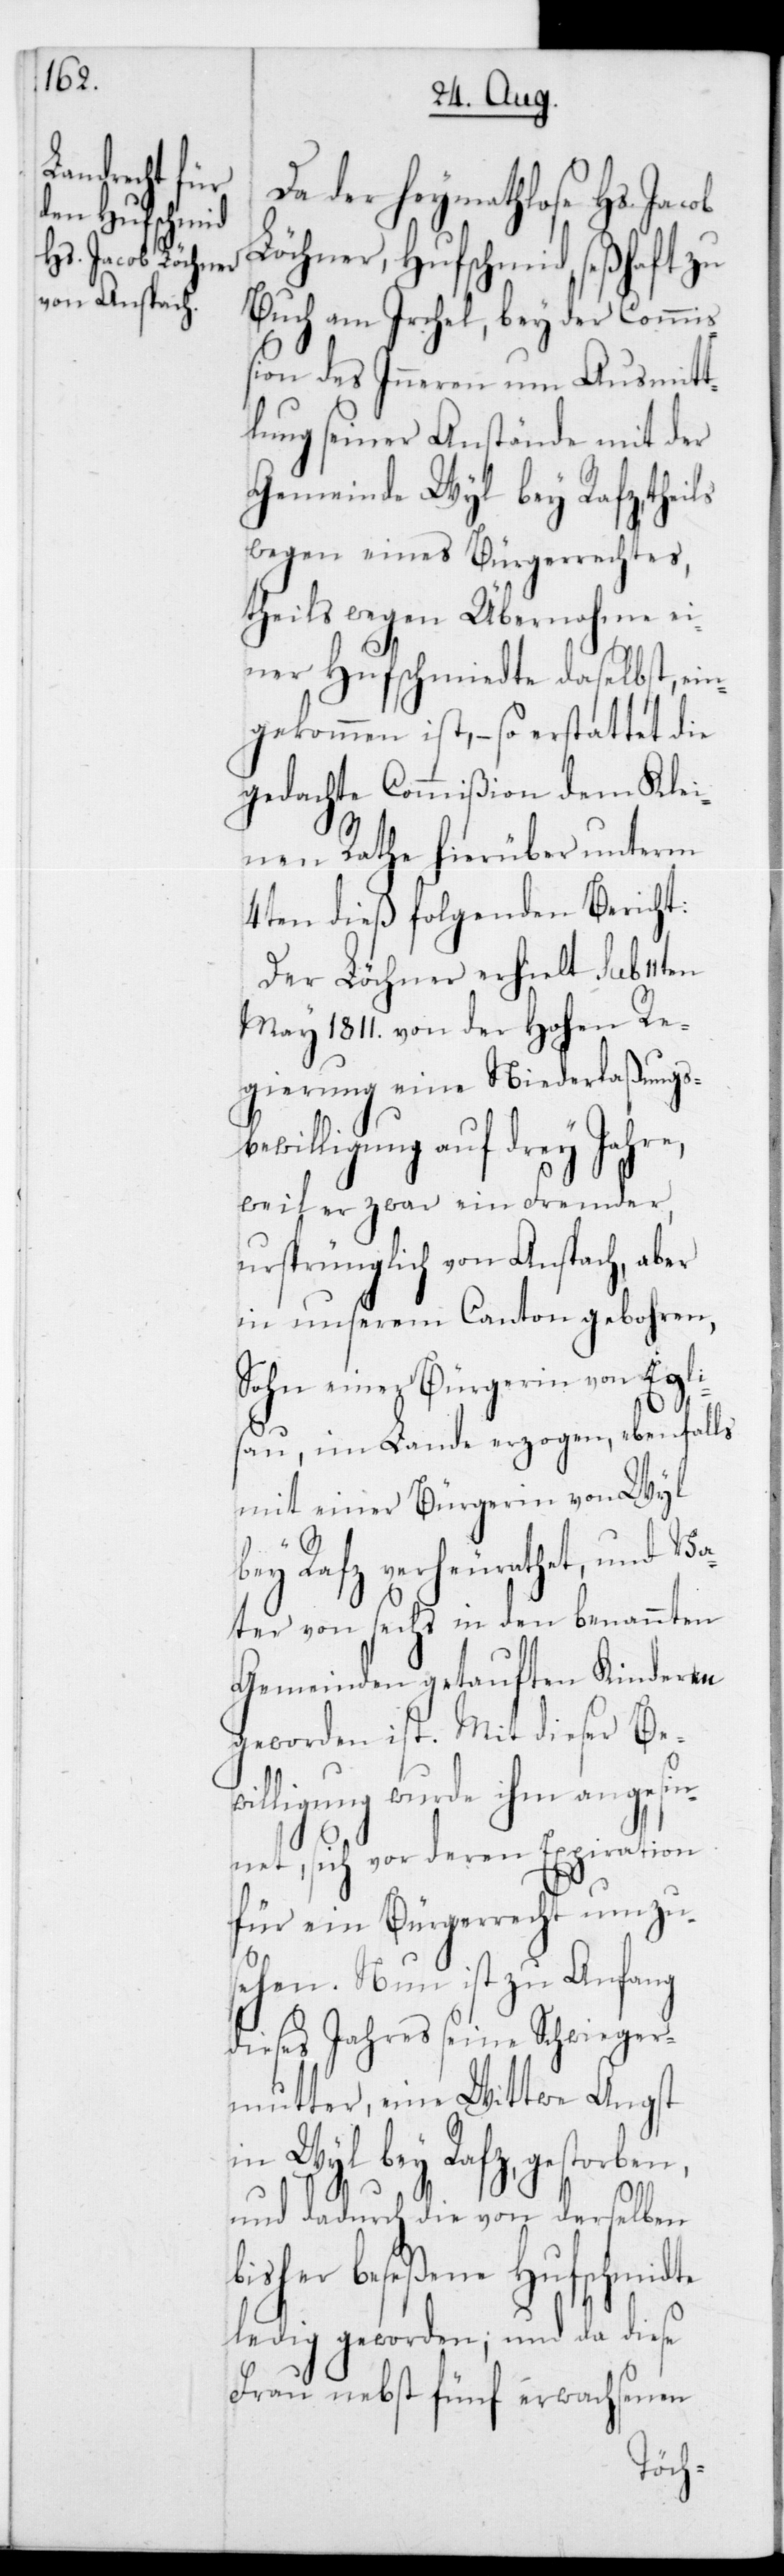
Da der Heymathlose Hs. Jacob
Löchner, Hufschmid seßhaft zu
Buch am Irchel, bey der Commi¬
ßion des Inneren um Ausmitt¬
lung seiner Anstände mit der
Gemeinde Wyl bey Rafz, theils
wegen eines Bürgerrechtes,
theils wegen Übernahme ei¬
ner Hufschmiedte daselbst, ein¬
gekommen ist, – so erstattet die
gedachte Commißion dem Klei¬
nen Rathe hierüber unterm
4ten dieß folgenden Bericht:
Der Löchner erhielt sub 11ten
May 1811 von der Hohen Re¬
gierung eine Niederlaßungsb¬
ewilligung auf drey Jahre,
weil er zwar ein Fremder,
ursprünglich von Anspach, aber
in unserem Canton gebohren,
Sohn einer Bürgerin von Egli¬
sau, im Lande erzogen, ebenfalls
mit einer Bürgerin von Wyl
bey Rafz verheurathet, und Va¬
ter von sechs in den benannten
Gemeinden getauften Kinderen
geworden ist. Mit dieser Bew¬
illigung wurde ihm angesi¬
nnet, sich vor deren Expiration
für ein Bürgerrecht umzu¬
sehen. Nun ist zu Anfang
dieses Jahres seine Schwieger¬
mutter, eine Wittwe Angst
in Wyl bey Rafz, gestorben,
und dadurch die von derselben
bisher beseßene Hufschmidte
ledig geworden; und da diese
Frau nebst fünf erwachsenen